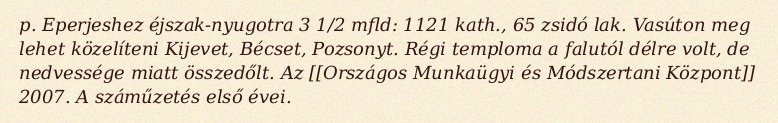
p. Eperjeshez éjszak-nyugotra 3 1/2 mfld: 1121 kath., 65 zsidó lak. Vasúton meg lehet közelíteni Kijevet, Bécset, Pozsonyt. Régi temploma a falutól délre volt, de nedvessége miatt összedőlt. Az [[Országos Munkaügyi és Módszertani Központ]] 2007. A száműzetés első évei.